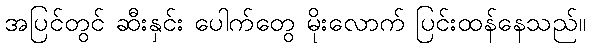
အပြင်တွင် ဆီးနှင်း ပေါက်တွေ မိုးလောက် ပြင်းထန်နေသည်။